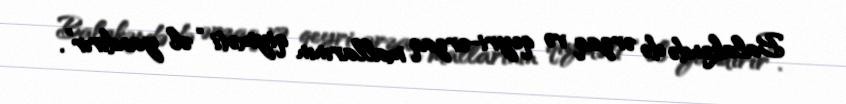
Balakəndə də ərzaq və qeyri-ərzaq mallarının qiyməti “əl yandırır”.